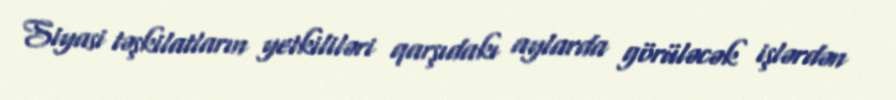
Siyasi təşkilatların yetkililəri qarşıdakı aylarda görüləcək işlərdən